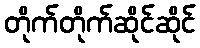
တိုက်တိုက်ဆိုင်ဆိုင်